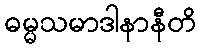
ဓမ္မသမာဒါနာနီတိ